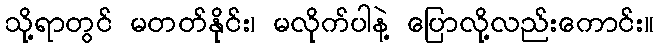
သို့ရာတွင် မတတ်နိုင်း၊ မလိုက်ပါနဲ့ ပြောလို့လည်းကောင်း။